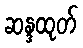
ဆန္ဒထုတ်